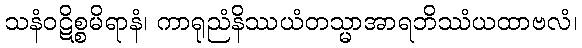
သနံဝဋိစ္စမိရာနံ၊ ကာရုညံနိဿယံတသ္မာအာရဘိဿံယထာဗလံ၊